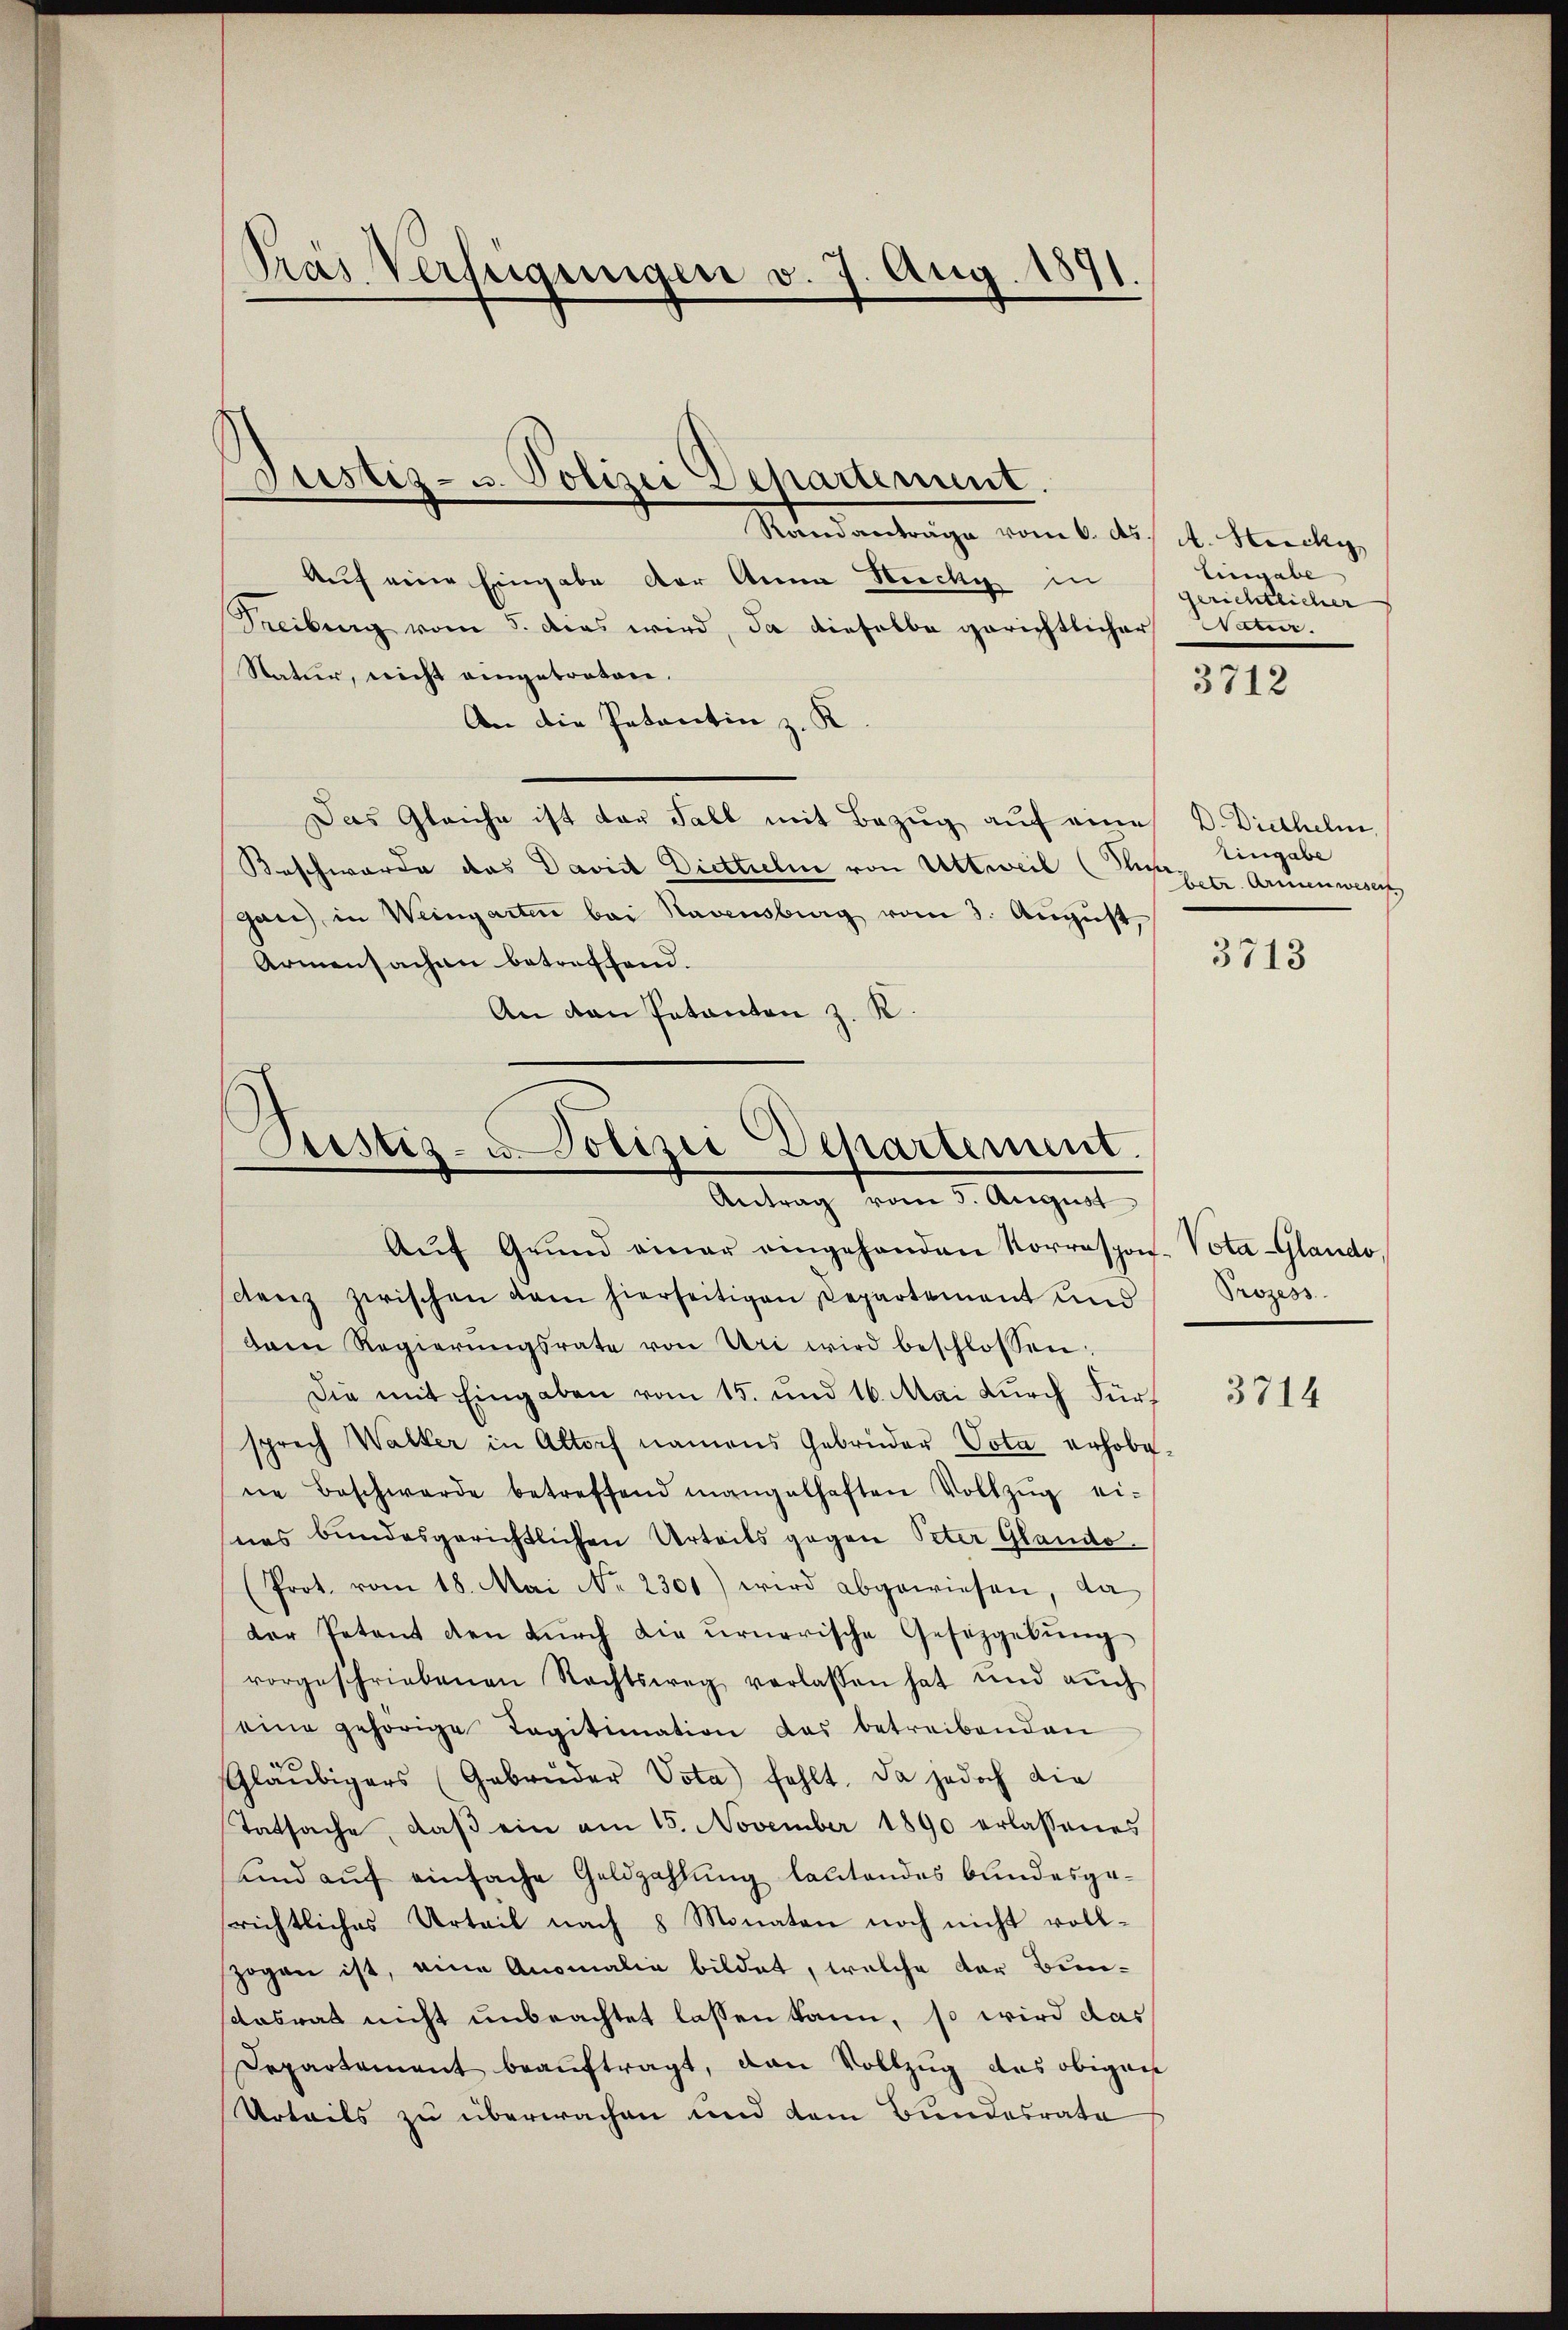
Pras Verfügungen v. 7. Aug. 1891.

Randanträge vom 6. ds. A. Hecky
Auf eine Eingabe der Anna Hucky in
Treibung vom 5. das wird, da dieselbe gerichtlicher Natur.
Natur, nicht eingetreten.
An die Petentin z. K
Das Gleiche ist der Fall mit Bezug auf eine D. Diethelm
Beschwerde das David Dietteln von Uttweil (T.
gan, in Weingarten bei Ravensburg vom 3. August,
Armensachen betreffend.
An dan Patanten z. R.

Justiz- u. Polizei Departement.

Justiz- u Polizei-Departement.
Antrag vom 3. August
Aŭf Grŭnd einer eingehanden Korrespon-Vota-Glando,

denz zwischen kam hierseitigen Departement und
dam Regierŭngsrate von Uri wird beschlossen:
Die mit Eingaben vom 15. und 16. Mai durch Fürsprech Walker in Altorf namens Gebrüder Vota erhobene Beschwerde betreffend mangelhaften Vollzŭg ei-
nes bundesgerichtlichen Urteils gegen Peter Glando
(Prot. vom 18. Mai No 2301) wird abgewiesen, da
der Petent den dŭrch die urnerische Gesetzgebŭng
vorgeschriebenen Rechtsweg verlassen hat und aŭch
eine gehörige Legitimation das betreibenden
Gläubigers (Gebrüder Vota fehlt. Da jedoch die
Tatsache, daβ ein am 15. November 1890 erlassenes
und auf einfache Geldzahlung lautendes bundesgerichtliches Urteil nach 8 Monaten noch nicht vollzogen ist, eine Anomalia bildet, welche der Bun¬
Aabrat nicht unbeachtet lassen kann, so wird das
Departement beauftragt, den Vollzug des obigen
Urteils zu überwachen und dem Bundesrate

Eingabe
gerichtlicher

3712

Eingabe
betr. Armenwesen,

3713

Prozess

3714